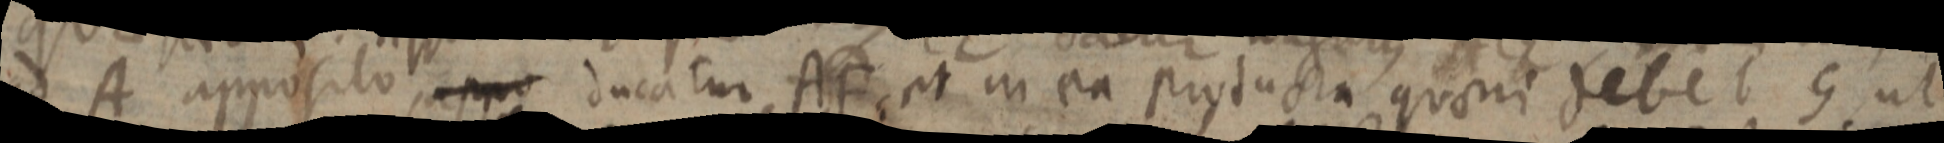
ad A apposito _ ducatur AF: et in ea producta quoni debet G ut